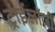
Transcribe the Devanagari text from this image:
ट्राईलॉजी